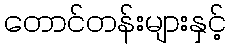
တောင်တန်းများနှင့်